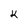
Character: k